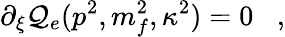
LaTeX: \partial_{\xi}\mathcal{Q}_{e}(p^{2},m_{f}^{2},\kappa^{2})=0\; \; \; ,